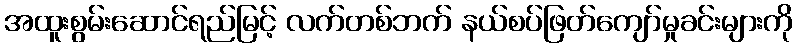
အထူးစွမ်းဆောင်ရည်မြင့် လက်တစ်ဘက် နယ်စပ်ဖြတ်ကျော်မှုခင်းများကို